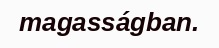
magasságban.